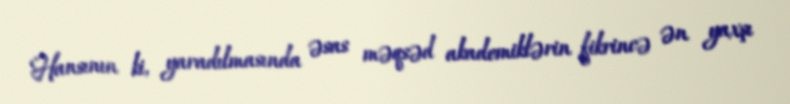
Hansının ki, yaradılmasında əsas məqsəd akademiklərin fikrincə ən yaxşı